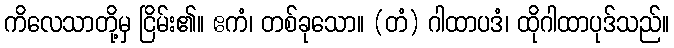
ကိလေသာတို့မှ ငြိမ်း၏။ ဧကံ၊ တစ်ခုသော။ (တံ) ဂါထာပဒံ၊ ထိုဂါထာပုဒ်သည်။